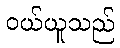
ဝယ်ယူသည်